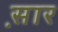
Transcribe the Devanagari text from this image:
स़ार